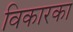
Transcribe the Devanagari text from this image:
विकारका